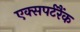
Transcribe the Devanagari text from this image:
एक्सपर्टरैंक